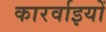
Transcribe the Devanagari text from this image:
कारर्वाइयों